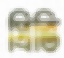
প্রিভি